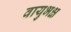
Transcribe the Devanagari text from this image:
वायुभक्ष